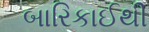
બારિકાઈથી